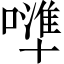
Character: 𠿶